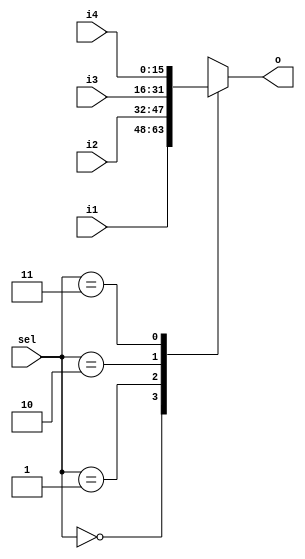
module mux4_1 #(parameter DATA_WIDTH = 16) (sel, i1, i2, i3, i4, o);
   input [1:0] sel;
   input [DATA_WIDTH-1:0] i1, i2, i3, i4;
   output reg [DATA_WIDTH-1:0] o;

   always @ (*) begin
      case (sel)
         0: o = i1;
         1: o = i2;
         2: o = i3;
         3: o = i4;
      endcase
   end

endmodule


module mux2_1 #(parameter DATA_WIDTH = 16) (sel, i1, i2, o);
   input sel;
   input [DATA_WIDTH-1:0] i1, i2;
   output reg [DATA_WIDTH-1:0] o;

   always @ (*) begin
      case (sel)
         0: o = i1;
         1: o = i2;
      endcase
   end

endmodule